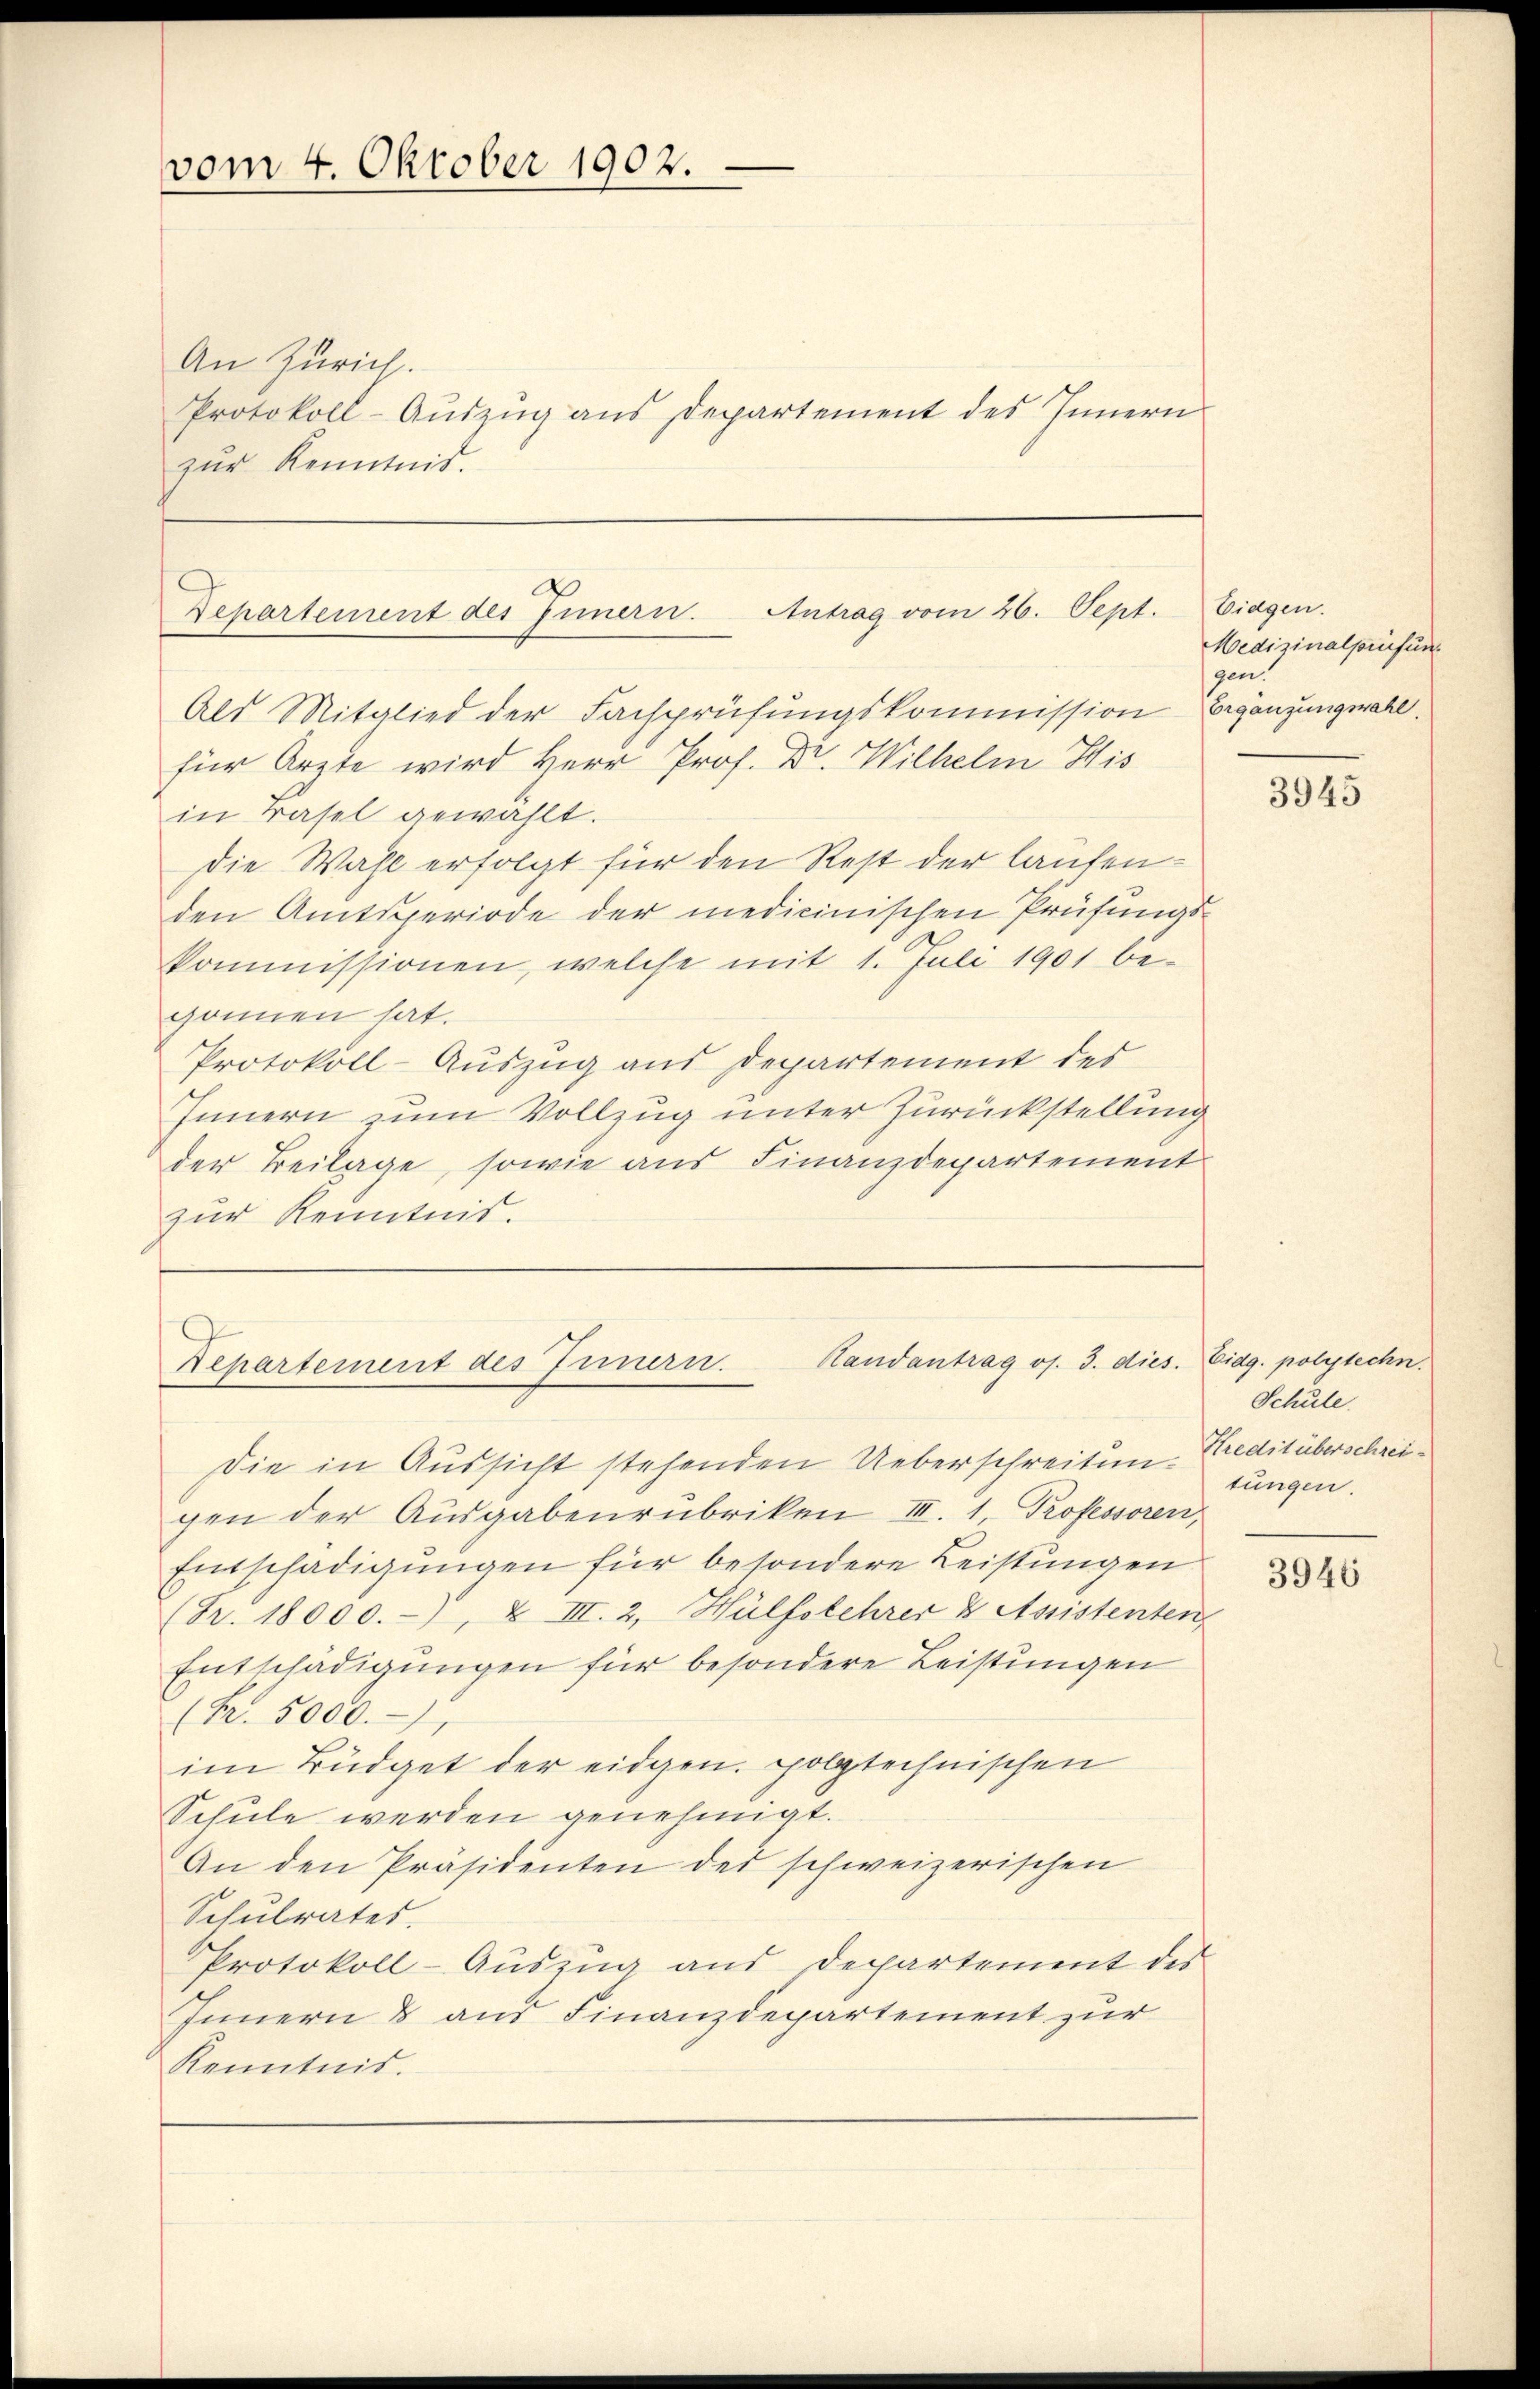
vom 4. Oktober 1902.

An Zürich.
Protokoll-Auszug aus Departement des Innern
zur Kenntnis.

Departement des Innern. Antrag vom 26. Sept. Eidgen.
Als Mitglied der Fachprüfŭngskommission Ergänzungswahl.
für Arzte wird Herr Prof. Dr. Wilhelm His

in Basel gewählt.
die Wahl erfolgt für den Rest der laufenden Amtsperiode der medicinischen Prüfungskommissionen, welche mit 1. Juli 1901 be
gonnen hat.
Protokoll-Auszug aus Departement des
Innern zum Vollzug unter Zurückstellung
der Beilage, sowie aus Finanzdepartement
zur Kenntnis.

Randantrag os. 3. dies
Departement des Innern.

Medizinalpruefun
gen.

Die in Aussicht stehenden Ueberschreitun-Kreditüberschreigen der Ausgabenrubriken III. 1. Professoren,
Entschädigungen für besondere Leistungen
(Fr. 18000.-) & III. 2, Hülfslehrer & Assistenten,
Entschädigungen für besondere Leistungen
(Fr. 5000.
im Büdget der eidgen. polytechnischen
Schule werden genehmigt.
An den Präsidenten des schweizerischen
Schulrates.
Protokoll-Auszug aus Departement des
Innern & aus Finanzdepartement zur
Kenntnis.

3945

Eidg. polytechn.
Schule.
tungen.

3946